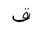
Letter: _qaf